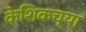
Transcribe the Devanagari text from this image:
केशिकच्या